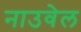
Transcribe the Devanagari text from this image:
नाउवेल